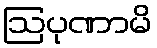
ဩပုဏာမိ